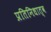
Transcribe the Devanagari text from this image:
प्रतिनिधात्व